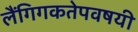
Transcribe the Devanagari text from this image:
लैंगिगकतेपवषयी